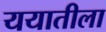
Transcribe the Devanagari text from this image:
ययातीला